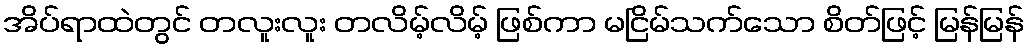
အိပ်ရာထဲတွင် တလူးလူး တလိမ့်လိမ့် ဖြစ်ကာ မငြိမ်သက်သော စိတ်ဖြင့် မြန်မြန်